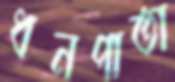
ধনপাতা